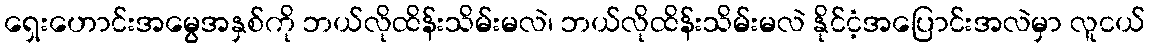
ရှေးဟောင်းအမွေအနှစ်ကို ဘယ်လိုထိန်းသိမ်းမလဲ၊ ဘယ်လိုထိန်းသိမ်းမလဲ နိုင်ငံ့အပြောင်းအလဲမှာ လူငယ်